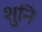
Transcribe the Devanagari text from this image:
शुनि